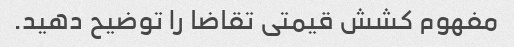
مفهوم کشش قیمتی تقاضا را توضیح دهید.